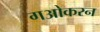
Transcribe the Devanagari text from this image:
गओकरन